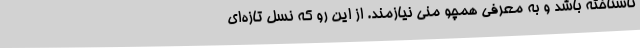
ناشناخته باشد و به معرفی همچو منی نیازمند. از این رو که نسل تازه‌ای